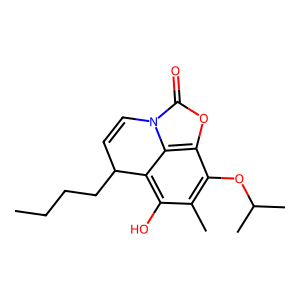
SMILES: CCCCC1C=Cn2c(=O)oc3c(OC(C)C)c(C)c(O)c1c32
Inhibits HIV replication: No